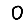
Digit: 0